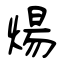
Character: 煬